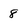
Character: 8